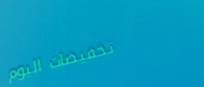
تخفيضات اليوم